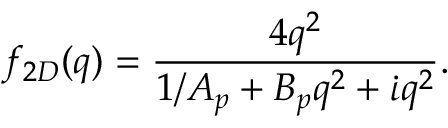
f _ { 2 D } ( q ) = \frac { 4 q ^ { 2 } } { 1 / A _ { p } + B _ { p } q ^ { 2 } + \dot { \iota } q ^ { 2 } } .